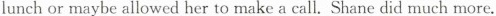
lunch or maybe allowed her to make a call. Shane did much more.